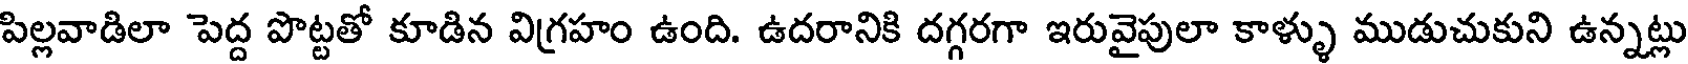
పిల్లవాడిలా పెద్ద పొట్టతో కూడిన విగ్రహం ఉంది. ఉదరానికి దగ్గరగా ఇరువైపులా కాళ్ళు ముడుచుకుని ఉన్నట్లు